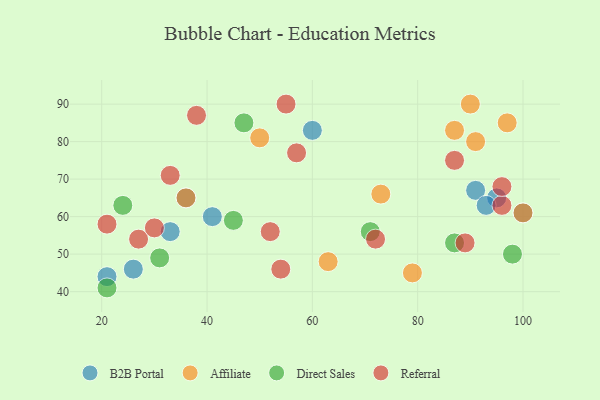
{"axis": {"x": "GDP", "y": "Life Expectancy"}, "legend": ["Affiliate", "B2B Portal", "Direct Sales", "Referral"], "data": [{"x": "95", "y": 65, "type": "B2B Portal"}, {"x": "36", "y": 65, "type": "B2B Portal"}, {"x": "26", "y": 46, "type": "B2B Portal"}, {"x": "41", "y": 60, "type": "B2B Portal"}, {"x": "33", "y": 56, "type": "B2B Portal"}, {"x": "91", "y": 67, "type": "B2B Portal"}, {"x": "60", "y": 83, "type": "B2B Portal"}, {"x": "93", "y": 63, "type": "B2B Portal"}, {"x": "100", "y": 61, "type": "B2B Portal"}, {"x": "21", "y": 44, "type": "B2B Portal"}, {"x": "91", "y": 80, "type": "Affiliate"}, {"x": "87", "y": 83, "type": "Affiliate"}, {"x": "90", "y": 90, "type": "Affiliate"}, {"x": "79", "y": 45, "type": "Affiliate"}, {"x": "63", "y": 48, "type": "Affiliate"}, {"x": "97", "y": 85, "type": "Affiliate"}, {"x": "50", "y": 81, "type": "Affiliate"}, {"x": "73", "y": 66, "type": "Affiliate"}, {"x": "36", "y": 65, "type": "Affiliate"}, {"x": "100", "y": 61, "type": "Affiliate"}, {"x": "45", "y": 59, "type": "Direct Sales"}, {"x": "24", "y": 63, "type": "Direct Sales"}, {"x": "98", "y": 50, "type": "Direct Sales"}, {"x": "21", "y": 41, "type": "Direct Sales"}, {"x": "31", "y": 49, "type": "Direct Sales"}, {"x": "71", "y": 56, "type": "Direct Sales"}, {"x": "47", "y": 85, "type": "Direct Sales"}, {"x": "87", "y": 53, "type": "Direct Sales"}, {"x": "33", "y": 71, "type": "Referral"}, {"x": "52", "y": 56, "type": "Referral"}, {"x": "27", "y": 54, "type": "Referral"}, {"x": "87", "y": 75, "type": "Referral"}, {"x": "57", "y": 77, "type": "Referral"}, {"x": "21", "y": 58, "type": "Referral"}, {"x": "38", "y": 87, "type": "Referral"}, {"x": "54", "y": 46, "type": "Referral"}, {"x": "96", "y": 63, "type": "Referral"}, {"x": "96", "y": 68, "type": "Referral"}, {"x": "55", "y": 90, "type": "Referral"}, {"x": "72", "y": 54, "type": "Referral"}, {"x": "30", "y": 57, "type": "Referral"}, {"x": "89", "y": 53, "type": "Referral"}]}